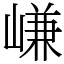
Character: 嵰